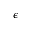
\epsilon